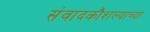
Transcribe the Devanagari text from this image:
संवादकौशल्याच्या